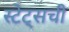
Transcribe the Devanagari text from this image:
स्टेट्‌सची